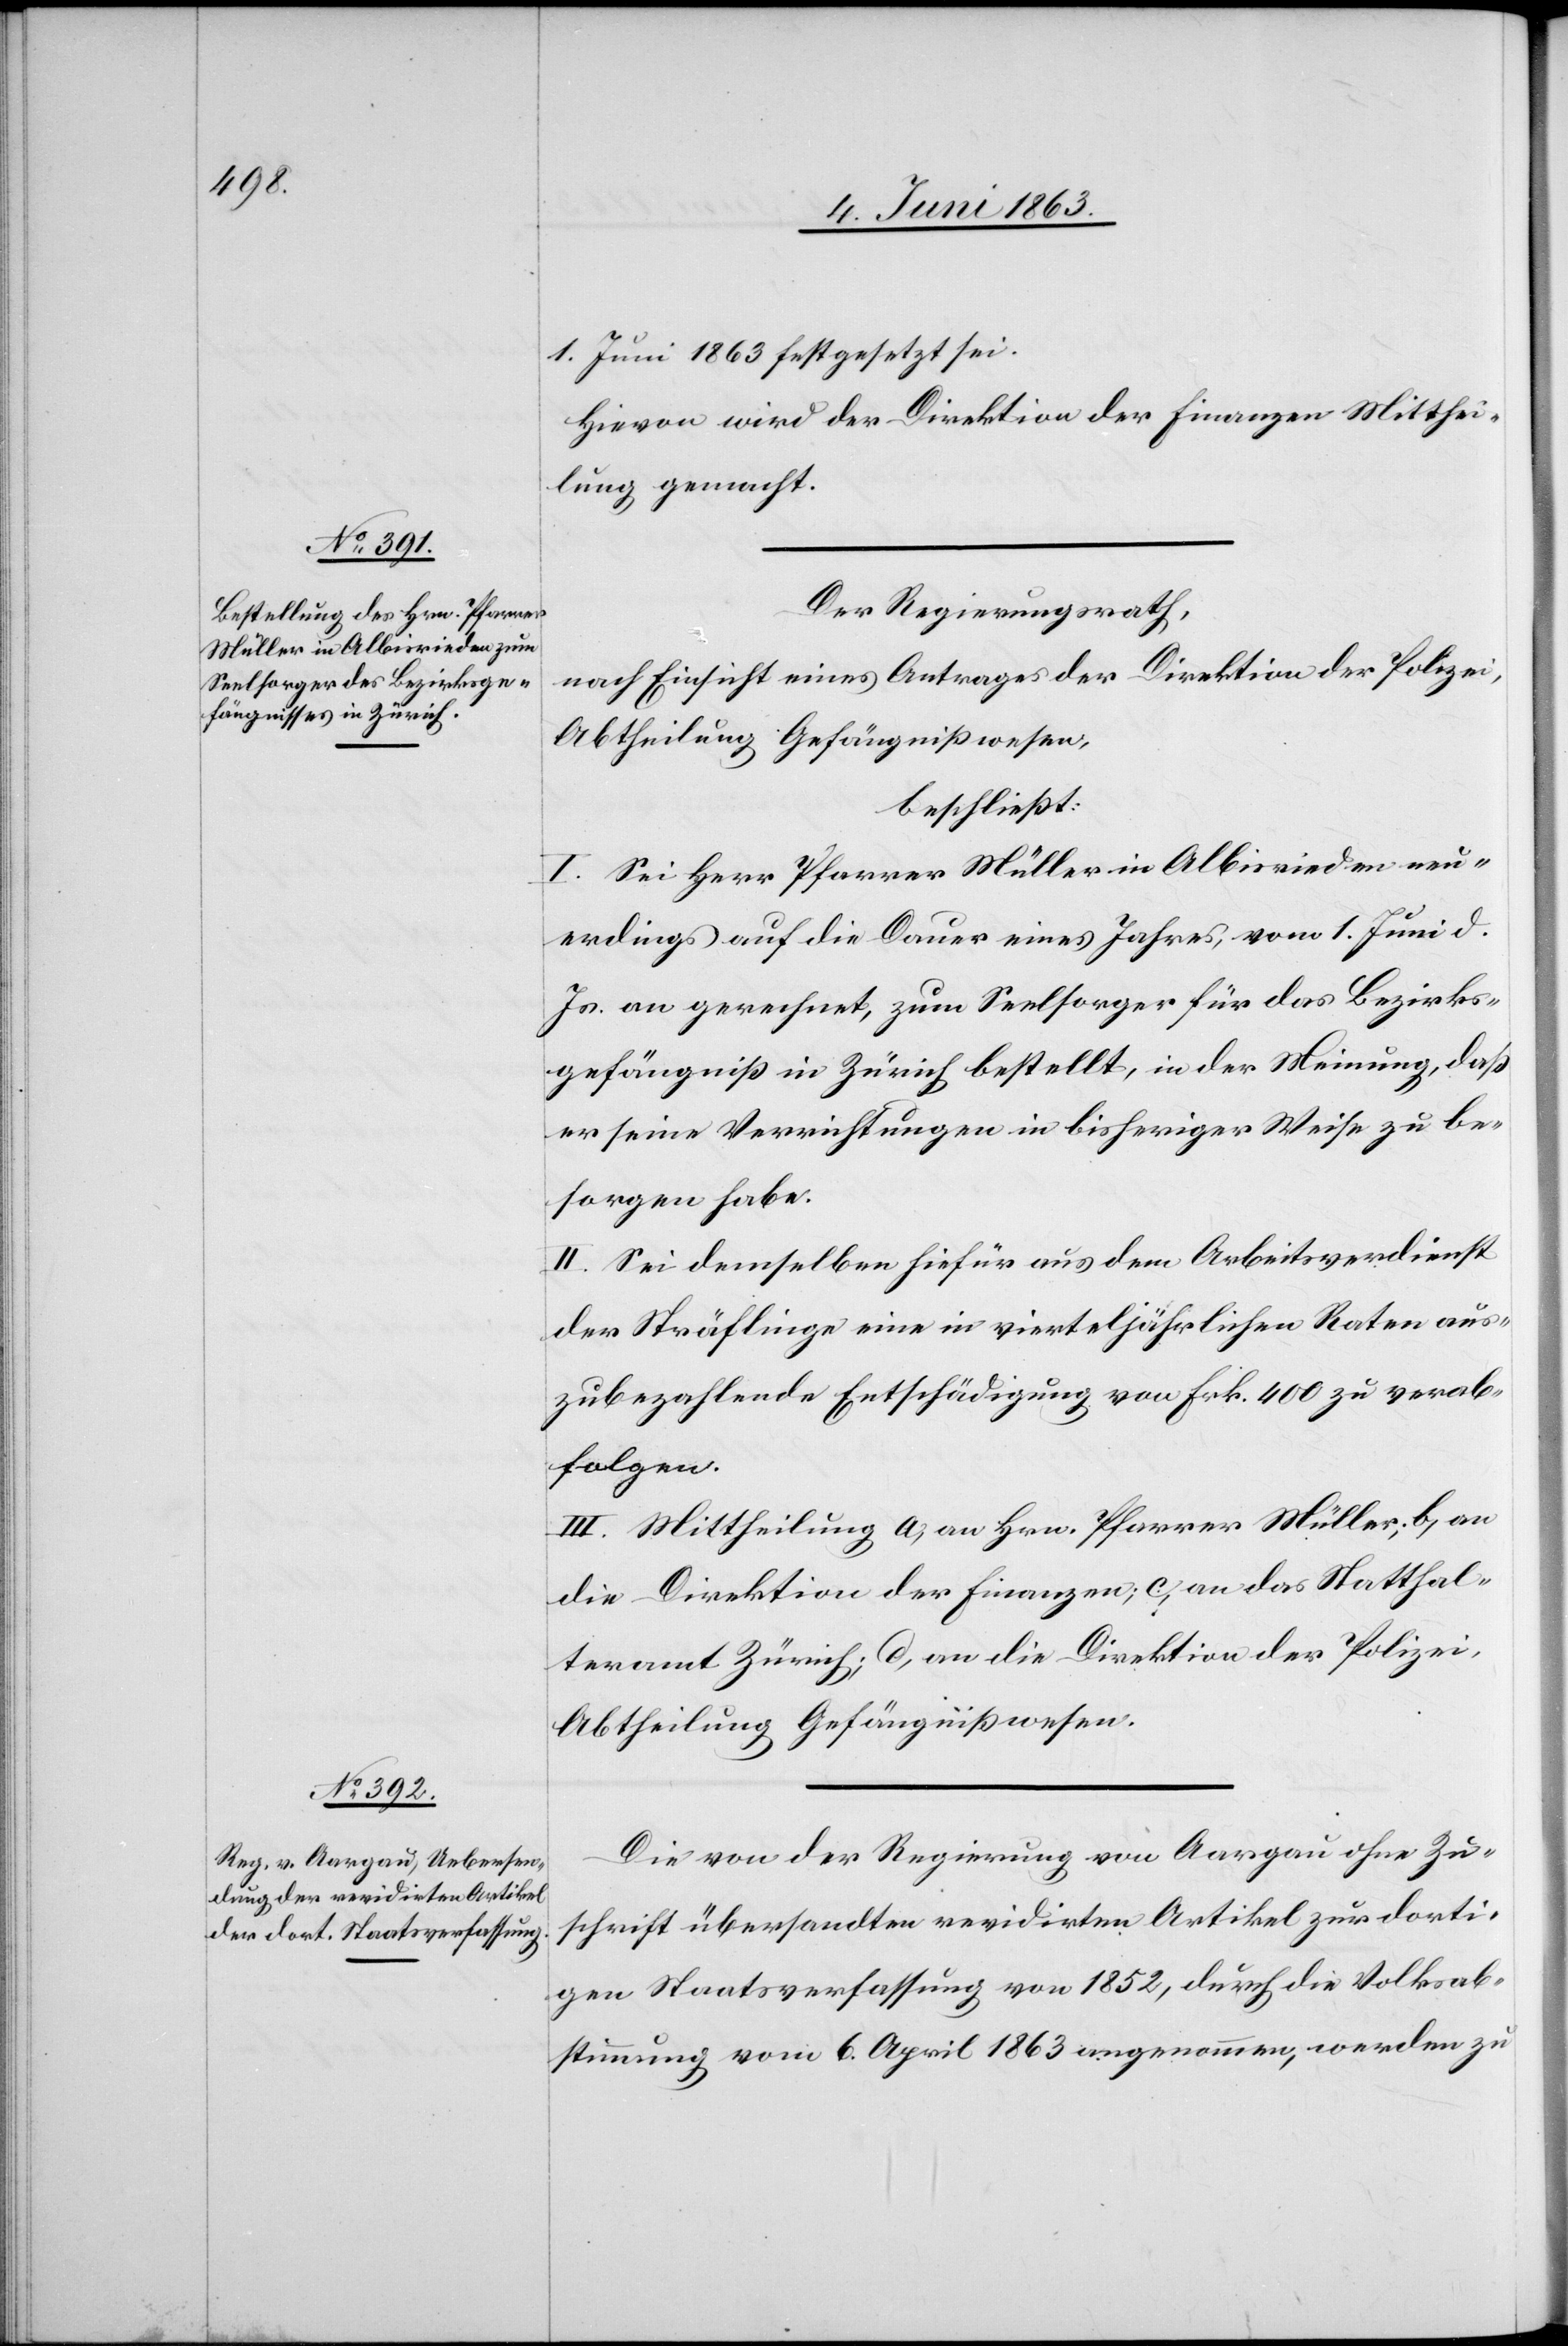
1. Juni 1863 festgesetzt sei.
Hievon wird der Direktion der Finanzen Mitthei¬
lung gemacht.
Der Regierungsrath,
nach Einsicht eines Antrages der Direktion der Polizei,
Abtheilung Gefängnißwesen,
beschließt:
I. Sei Herr Pfarrer Müller in Albisrieden neu¬
erdings auf die Dauer eines Jahres, vom 1. Juni d.
Js. an gerechnet, zum Seelsorger für das Bezirks¬
gefängniß in Zürich bestellt, in der Meinung, daß
er seine Verrichtungen in bisheriger Weise zu be¬
sorgen habe.
II. Sei demselben hiefür aus dem Arbeitsverdienst
der Sträflinge eine in vierteljährlichen Raten aus¬
zubezahlende Entschädigung von Frk. 400 zu verab¬
folgen.
III. Mittheilung a) an Hrn. Pfarrer Müller; b) an
die Direktion der Finanzen; c) an das Statthal¬
teramt Zürich; d) an die Direktion der Polizei,
Abtheilung Gefängnißwesen.
Die von der Regierung von Aargau ohne Zu¬
schrift übersandten revidirten Artikel zur dorti¬
gen Staatsverfassung von 1852, durch die Volksab¬
stimmung vom 6. April 1863 angenommen, werden zu